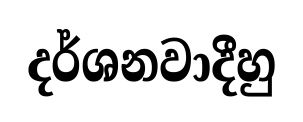
දර්ශනවාදීහු